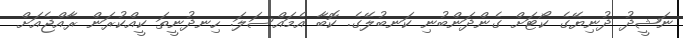
ނަޝީދު ދުނިޔޭގެ ކޯޓަށް ގެންދަންބުނި ކަނބުލޭގެ. ކޮބާ އެމައްސަލަ. ހިނދުނީތަ ކީއްކުރަން ރާއްޖެއަށް